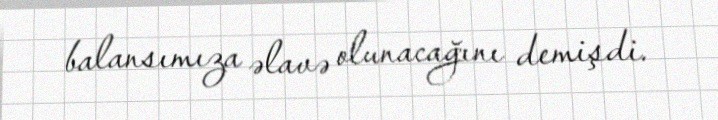
balansımıza əlavə olunacağını demişdi.